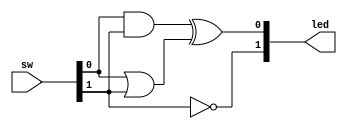
`timescale 1ns / 1ps
//////////////////////////////////////////////////////////////////////////////////
// Company: 
// Engineer: 
// 
// Design Name: 
// Module Name: first_system
// Project Name: 
// Target Devices: 
// Tool Versions: 
// Description: 
// 
// Dependencies: 
// 
// Revision:
// Revision 0.01 - File Created
// Additional Comments:
// 
//////////////////////////////////////////////////////////////////////////////////


module first_system(led,sw);
input [1:0]sw;
output [1:0]led;

wire and_out,or_out;

assign and_out  = sw[0] & sw[1];
assign or_out   = sw[0] | sw[1];
assign led[0]     = and_out ^ or_out;
assign led[1]     = ~ sw[1];

endmodule